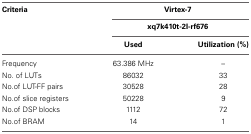
| Criteria | <COLSPAN=2> Virtex-7 |
 |  | <COLSPAN=2> xq7k410t-2I-rf676 |
 |  | Used | Utilization (%) |
 | --- | --- | --- |
 | Frequency | 63.386 MHz | – |
 | No. of LUTs | 86032 | 33 |
 | No.of LUT-FF pairs | 30528 | 28 |
 | No.of slice registers | 50228 | 9 |
 | No.of DSP blocks | 1112 | 72 |
 | No.of BRAM | 14 | 1 |